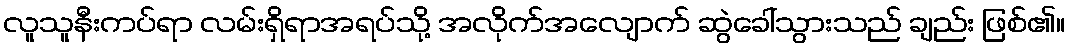
လူသူနီးကပ်ရာ လမ်းရှိရာအရပ်သို့ အလိုက်အလျောက် ဆွဲခေါ်သွားသည် ချည်း ဖြစ်၏။